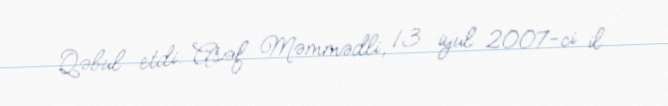
Qəbul etdi: Asəf Məmmədli, 13 iyul 2007-ci il